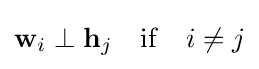
\mathbf {w} _{i}\perp \mathbf {h} _{j}\quad \mathrm {if} \quad i\neq j